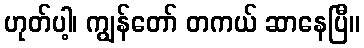
ဟုတ်ပါ့၊ ကျွန်တော် တကယ် ဆာနေပြီ။